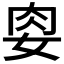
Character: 𭑶